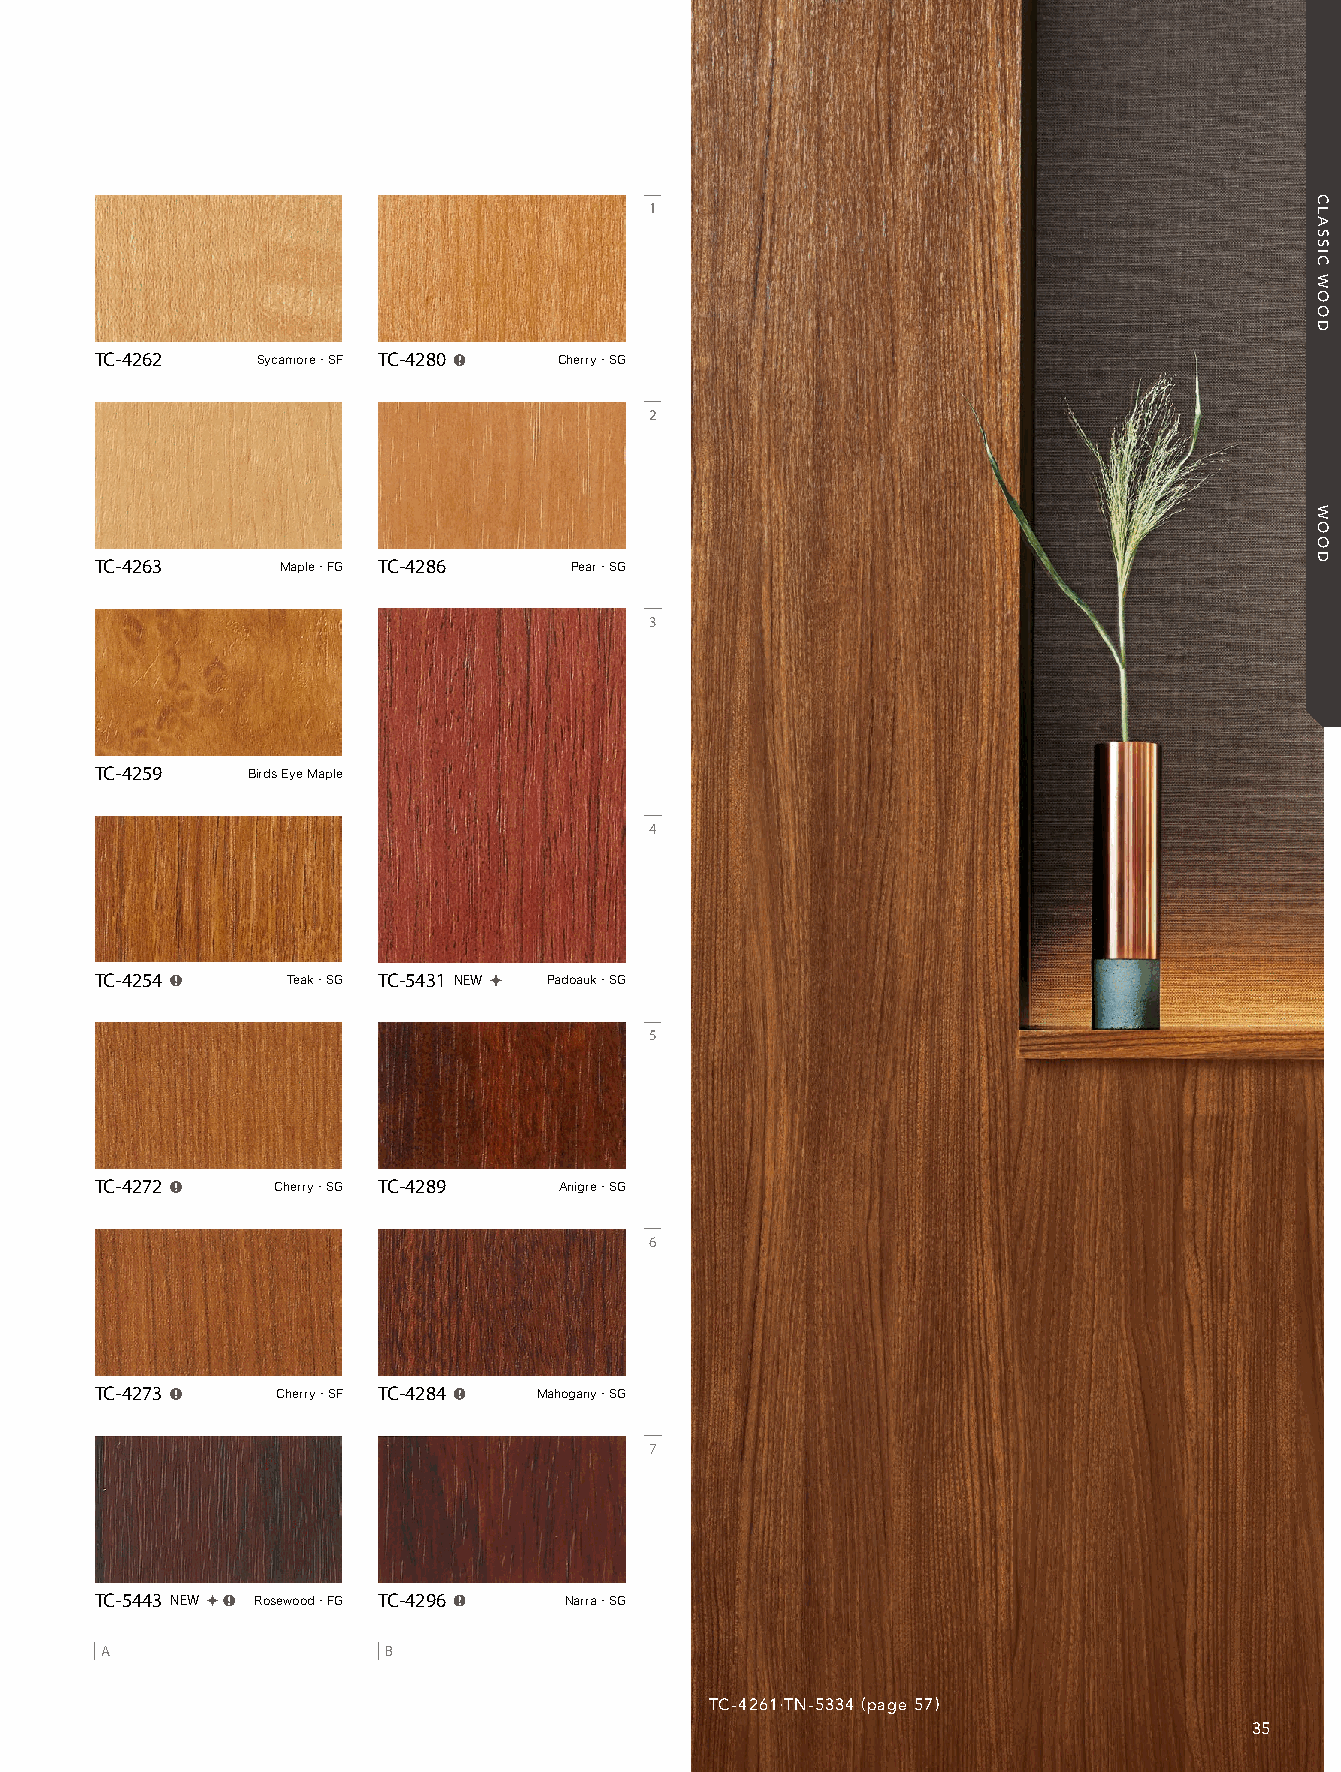
21_REATEC_vol11_P35-C2_KOROSEAL 21/11/16out 🅲🅼🆈🅺
 1
 TC-4262   Sycamore・SF TC-4280  Cherry・SG
 2
 TC-4263    Maple・FG TC-4286   Pear・SG
 3
 TC-4259  Birds Eye Maple
 4
 TC-4254     Teak・SG TC-5431 NEW  Padoauk・SG
 5
 TC-4272    Cherry・SG TC-4289  Anigre・SG
 6
 TC-4273    Cherry・SF TC-4284  Mahogany・SG
 7
 TC-5443 NEW  Rosewood・FG TC-4296  Narra・SG
 A                 B
 TC-4261•TN-5334 (page57)
 35
 CLASSIC
 WOOD
 WOOD